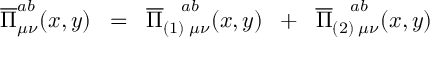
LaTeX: \overline { { { \Pi } } } _ { \mu \nu } ^ { a b } ( x , y ) \; \; = \; \; \overline { { { \Pi } } } _ { ( 1 ) \; \mu \nu } ^ { \; \; \; \; a b } ( x , y ) \; \; + \; \; \overline { { { \Pi } } } _ { ( 2 ) \; \mu \nu } ^ { \; \; \; \; a b } ( x , y )